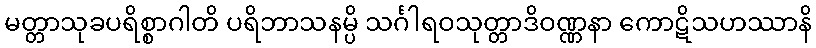
မတ္တာသုခပရိစ္စာဂါတိ ပရိဘာသနမ္ပိ သင်္ဂါရဝသုတ္တာဒိဝဏ္ဏနာ ကောဋိသဟဿာနိ